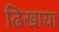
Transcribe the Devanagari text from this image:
ढिखाया